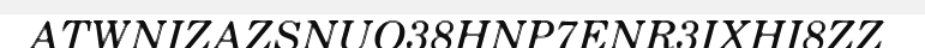
ATWNIZAZSNUO38HNP7ENR3IXHI8ZZ